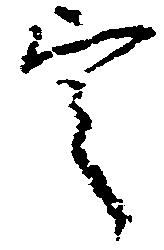
定